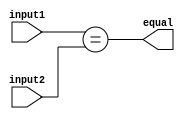
module serial_comparator (
    input wire [7:0] input1,
    input wire [7:0] input2,
    output wire equal
);

assign equal = (input1 == input2);

endmodule